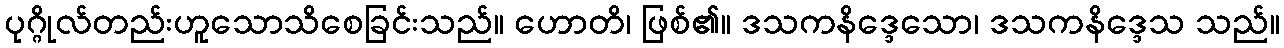
ပုဂ္ဂိုလ်တည်းဟူသောသိစေခြင်းသည်။ ဟောတိ၊ ဖြစ်၏။ ဒသကနိဒ္ဒေသော၊ ဒသကနိဒ္ဒေသ သည်။